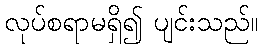
လုပ်စရာမရှိ၍ ပျင်းသည်။